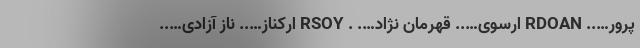
پرور….. RDOAN ارسوی….. قهرمان نژاد…. . RSOY ارکناز….. ناز آزادی…..